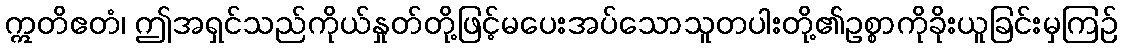
ဣတိဧတံ၊ ဤအရှင်သည်ကိုယ်နှုတ်တို့ဖြင့်မပေးအပ်သောသူတပါးတို့၏ဥစ္စာကိုခိုးယူခြင်းမှကြဉ်